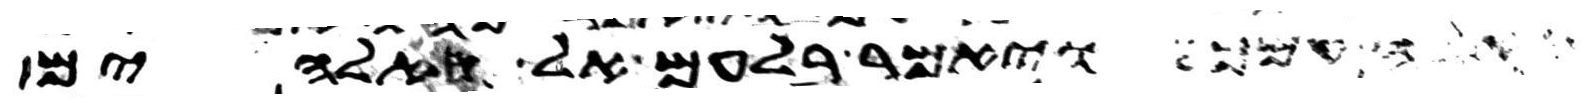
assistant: האלה עמך ויאמר בלעם אל האלהים